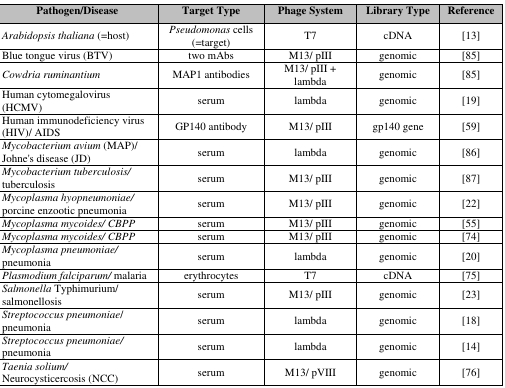
| Pathogen/Disease | Target Type | Phage System | Library Type | Reference |
 | --- | --- | --- | --- | --- |
 | Arabidopsis thaliana (=host) | Pseudomonas cells (=target) | T7 | cDNA | [13] |
 | Blue tongue virus (BTV) | two mAbs | M13/ pIII | genomic | [85] |
 | Cowdria ruminantium | MAP1 antibodies | M13/ pIII + lambda | genomic | [85] |
 | Human cytomegalovirus (HCMV) | serum | lambda | genomic | [19] |
 | Human immunodeficiency virus (HIV)/ AIDS | GP140 antibody | M13/ pIII | gp140 gene | [59] |
 | Mycobacterium avium (MAP)/ Johne's disease (JD) | serum | lambda | genomic | [86] |
 | Mycobacterium tuberculosis/ tuberculosis | serum | M13/ pIII | genomic | [87] |
 | Mycoplasma hyopneumoniae/ porcine enzootic pneumonia | serum | M13/ pIII | genomic | [22] |
 | Mycoplasma mycoides/ CBPP | serum | M13/ pIII | genomic | [55] |
 | Mycoplasma mycoides/ CBPP | serum | M13/ pIII | genomic | [74] |
 | Mycoplasma pneumoniae/ pneumonia | serum | lambda | genomic | [20] |
 | Plasmodium falciparum/ malaria | erythrocytes | T7 | cDNA | [75] |
 | Salmonella Typhimurium/ salmonellosis | serum | M13/ pIII | genomic | [23] |
 | Streptococcus pneumoniae/ pneumonia | serum | lambda | genomic | [18] |
 | Streptococcus pneumoniae/ pneumonia | serum | lambda | genomic | [14] |
 | Taenia solium/ Neurocysticercosis (NCC) | serum | M13/ pVIII | genomic | [76] |